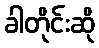
ခါတိုင်းဆို